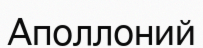
Аполлоний